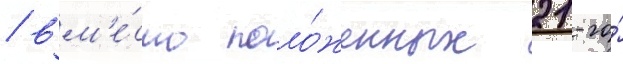
/ вм'е́сто поло́женных 21-го́